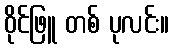
ဝိုင်ဖြူ တစ် ပုလင်း။